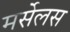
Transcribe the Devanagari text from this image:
मर्सेलस